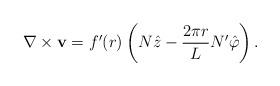
LaTeX: \begin{align*}\nabla \times {\bf v} = f^{\prime}(r)\left(N\hat{z} - \frac{2\pi r} L N'\hat{\varphi} \right).\end{align*}